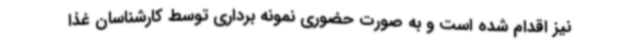
نیز اقدام شده است و به صورت حضوری نمونه برداری توسط کارشناسان غذا